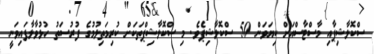
ސްކޮލާޝިޕާއި މާސްޓާސްއަށް ކިޔަވަން 50 ސްކޮލާޝިޕެވެ. މި ސްކޮލާޝިޕްތަކަށް ކުރިމަތިލުމުގެ ފުރުސަތު ހުޅުވާލާފައިވަނީ